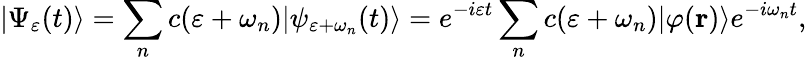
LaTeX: |\Psi_{\varepsilon}(t)\rangle=\sum_{n}c(\varepsilon+\omega_{n})|\psi_{\varepsilon+\omega_{n}}(t)\rangle=e^{-i\varepsilon t}\sum_{n}c(\varepsilon+\omega_{n})|\varphi({\mathbf r})\rangle e^{-i\omega_{n}t},